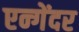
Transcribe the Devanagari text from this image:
एन्गेंदर